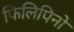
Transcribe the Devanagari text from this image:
फिलिपिनों